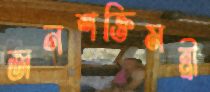
জনশক্তিমন্ত্রী